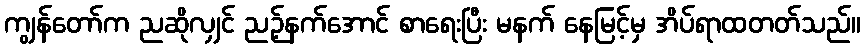
ကျွန်တော်က ညဆိုလျှင် ညဉ့်နက်အောင် စာရေးပြီး မနက် နေမြင့်မှ အိပ်ရာထတတ်သည်။